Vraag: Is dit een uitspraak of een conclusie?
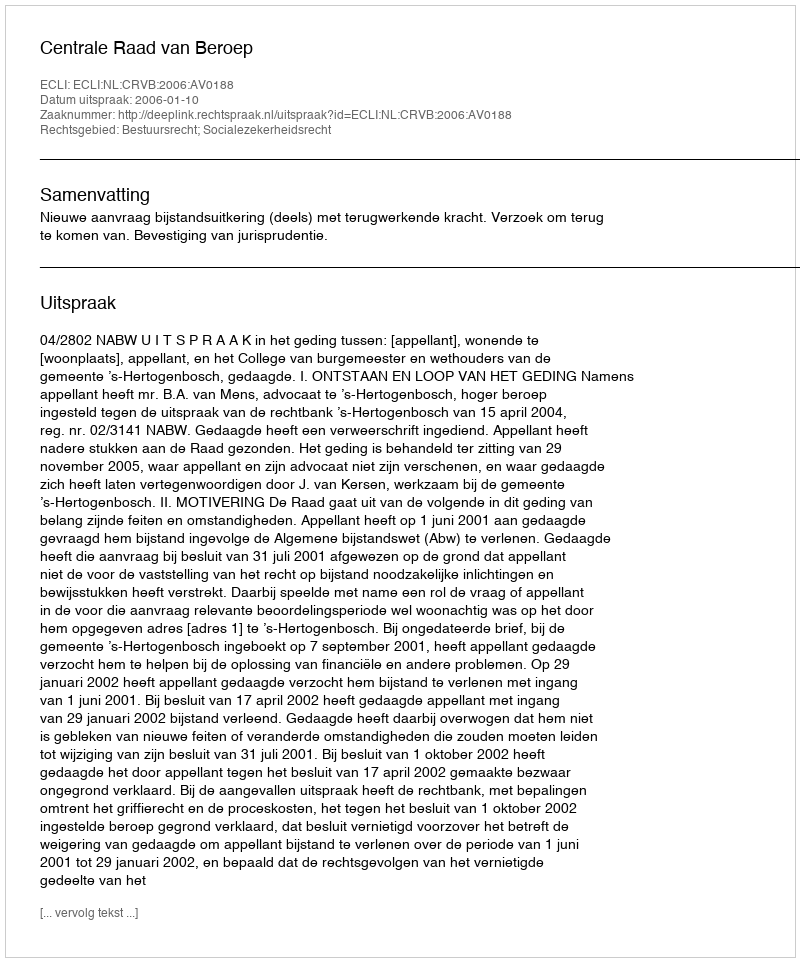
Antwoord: Uitspraak